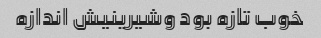
خوب تازه بود وشیرینیش اندازه